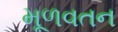
મૂળવતન